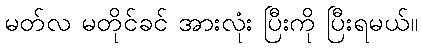
မတ်လ မတိုင်ခင် အားလုံး ပြီးကို ပြီးရမယ်။